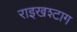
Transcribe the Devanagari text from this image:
राइखश्टाग